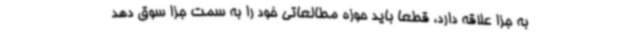
به جزا علاقه دارد، قطعا باید حوزه مطالعاتی خود را به سمت جزا سوق دهد